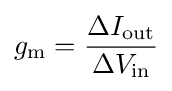
g_{\text{m}}={\frac {\Delta I_{\text{out}}}{\Delta V_{\text{in}}}}